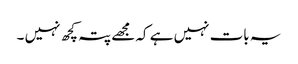
یہ بات نہیں ہے کہ مجھے پتہ کچھ نہیں ۔